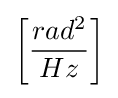
\left[{\frac {rad^{2}}{Hz}}\right]